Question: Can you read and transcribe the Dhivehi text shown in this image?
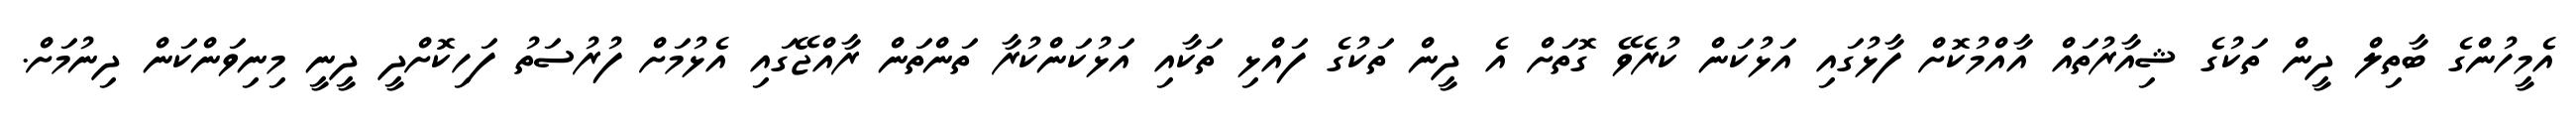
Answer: އެމީހުންގެ ބާތިލް ދީން ތަކުގެ ޝިއާރުތައް އާއްމުކޮށް ފާޅުގައި އަޅުކަން ކުރެވޭ ގޮތަށް އެ ދީން ތަކުގެ ފައްޅި ތަކާއި އަޅުކަންކުރާ ތަންތަން ރާއްޖޭގައި އެޅުމަށް ފުރުސަތު ފަހިކޮށްދީ ދީނީ މިނިވަންކަން ދިނުމަށް.